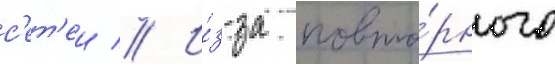
с'ет'еи // И́з-за повто́рного